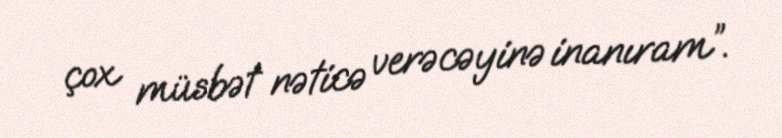
çox müsbət nəticə verəcəyinə inanıram”.